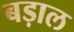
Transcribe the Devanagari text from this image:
बड़ाल